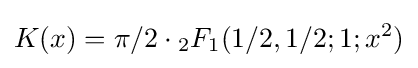
K(x)=\pi /2\cdot {}_{2}F_{1}(1/2,1/2;1;x^{2})